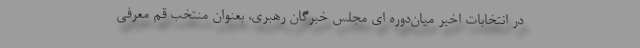
در انتخابات اخیر میان‌دوره ای مجلس خبرگان رهبری، بعنوان منتخب قم معرفی